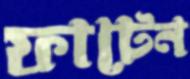
ফাটেন